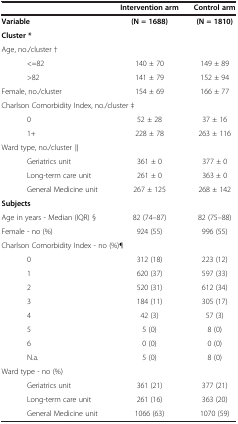
<table><thead><tr><td colspan="2"><b> </b></td><td><b>Intervention arm</b></td><td><b>Control arm</b></td></tr></thead><tbody><tr><td colspan="2"><b>Variable</b></td><td><b>(N = 1688)</b></td><td><b>(N = 1810)</b></td></tr><tr><td colspan="2"><b>Cluster *</b></td><td> </td><td> </td></tr><tr><td colspan="2">Age, no./cluster †</td><td> </td><td> </td></tr><tr><td> </td><td>&lt;=82</td><td>140 ± 70</td><td>149 ± 89</td></tr><tr><td> </td><td>&gt;82</td><td>141 ± 79</td><td>152 ± 94</td></tr><tr><td colspan="2">Female, no./cluster</td><td>154 ± 69</td><td>166 ± 77</td></tr><tr><td colspan="3">Charlson Comorbidity Index, no./cluster ‡</td><td> </td></tr><tr><td> </td><td>0</td><td>52 ± 28</td><td>37 ± 16</td></tr><tr><td> </td><td>1+</td><td>228 ± 78</td><td>263 ± 116</td></tr><tr><td colspan="2">Ward type, no./cluster ∥</td><td> </td><td> </td></tr><tr><td> </td><td>Geriatrics unit</td><td>361 ± 0</td><td>377 ± 0</td></tr><tr><td> </td><td>Long-term care unit</td><td>261 ± 0</td><td>363 ± 0</td></tr><tr><td> </td><td>General Medicine unit</td><td>267 ± 125</td><td>268 ± 142</td></tr><tr><td colspan="2"><b>Subjects</b></td><td> </td><td> </td></tr><tr><td colspan="2">Age in years - Median (IQR) §</td><td>82 (74–87)</td><td>82 (75–88)</td></tr><tr><td colspan="2">Female - no (%)</td><td>924 (55)</td><td>996 (55)</td></tr><tr><td colspan="3">Charlson Comorbidity Index - no (%)¶</td><td> </td></tr><tr><td> </td><td>0</td><td>312 (18)</td><td>223 (12)</td></tr><tr><td> </td><td>1</td><td>620 (37)</td><td>597 (33)</td></tr><tr><td> </td><td>2</td><td>520 (31)</td><td>612 (34)</td></tr><tr><td> </td><td>3</td><td>184 (11)</td><td>305 (17)</td></tr><tr><td> </td><td>4</td><td>42 (3)</td><td>57 (3)</td></tr><tr><td> </td><td>5</td><td>5 (0)</td><td>8 (0)</td></tr><tr><td> </td><td>6</td><td>0 (0)</td><td>0 (0)</td></tr><tr><td> </td><td>N.a.</td><td>5 (0)</td><td>8 (0)</td></tr><tr><td colspan="2">Ward type - no (%)</td><td> </td><td> </td></tr><tr><td> </td><td>Geriatrics unit</td><td>361 (21)</td><td>377 (21)</td></tr><tr><td> </td><td>Long-term care unit</td><td>261 (16)</td><td>363 (20)</td></tr><tr><td> </td><td>General Medicine unit</td><td>1066 (63)</td><td>1070 (59)</td></tr></tbody></table>